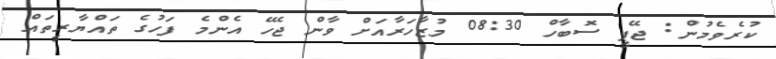
ކުރެވެމުން: ޖޭޕީ ސޮބާހް 08:30 މުޒާހަރާއަށް ވާން ޖެހޭ އެންމެ ފަހުގެ ތައްޔާރީތައް